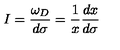
I = \frac { \omega _ { D } } { d \sigma } = \frac { 1 } { x } \frac { d x } { d \sigma }